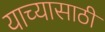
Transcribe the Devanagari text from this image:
याच्यासाठी